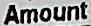
AMOUNT